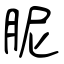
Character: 胒